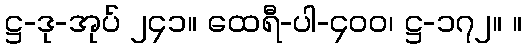
ဋ္ဌ-ဒု-အုပ် ၂၄၁။ ထေရီ-ပါ-၄၀၀၊ ဋ္ဌ-၁၇၂။ ။